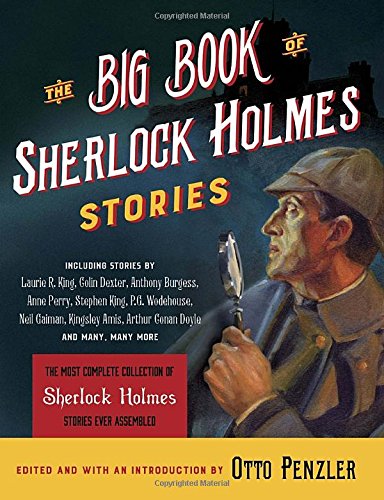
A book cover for The Big Book of Sherlock Holmes Stories; Mystery, Thriller & Suspense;